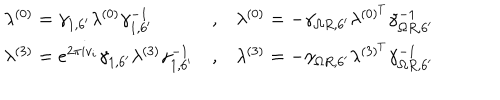
\begin{array} { l c l } { { \lambda ^ { ( 0 ) } = \gamma _ { 1 , 6 ^ { \prime } } \lambda ^ { ( 0 ) } \gamma _ { 1 , 6 ^ { \prime } } ^ { - 1 } } } & { { , } } & { { \lambda ^ { ( 0 ) } = - \gamma _ { \Omega R , 6 ^ { \prime } } \lambda ^ { ( 0 ) ^ { T } } \gamma _ { \Omega R , 6 ^ { \prime } } ^ { - 1 } } } \\ { { \lambda ^ { ( 3 ) } = e ^ { 2 \pi i v _ { i } } \gamma _ { 1 , 6 ^ { \prime } } \lambda ^ { ( 3 ) } \gamma _ { 1 , 6 ^ { \prime } } ^ { - 1 } } } & { { , } } & { { \lambda ^ { ( 3 ) } = - \gamma _ { \Omega R , 6 ^ { \prime } } \lambda ^ { ( 3 ) ^ { T } } \gamma _ { \Omega R , 6 ^ { \prime } } ^ { - 1 } } } \\ \end{array}